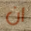
ان